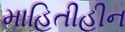
માહિતીહીન